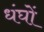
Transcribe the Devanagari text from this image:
धंघों